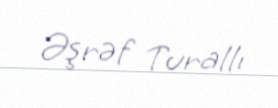
Əşrəf Turallı